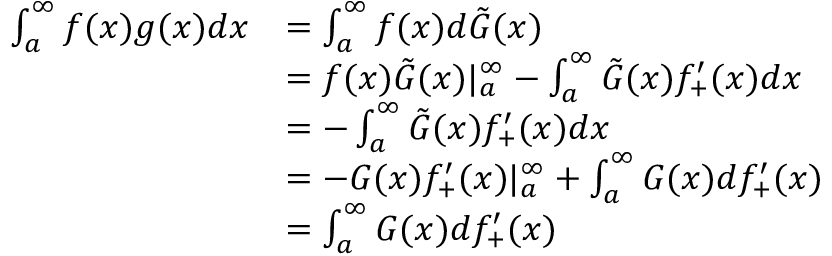
\begin{array} { r l } { \int _ { a } ^ { \infty } f ( x ) g ( x ) d x } & { = \int _ { a } ^ { \infty } f ( x ) d \tilde { G } ( x ) } \\ & { = f ( x ) \tilde { G } ( x ) | _ { a } ^ { \infty } - \int _ { a } ^ { \infty } \tilde { G } ( x ) f _ { + } ^ { \prime } ( x ) d x } \\ & { = - \int _ { a } ^ { \infty } \tilde { G } ( x ) f _ { + } ^ { \prime } ( x ) d x } \\ & { = - G ( x ) f _ { + } ^ { \prime } ( x ) | _ { a } ^ { \infty } + \int _ { a } ^ { \infty } G ( x ) d f _ { + } ^ { \prime } ( x ) } \\ & { = \int _ { a } ^ { \infty } G ( x ) d f _ { + } ^ { \prime } ( x ) } \end{array}